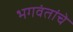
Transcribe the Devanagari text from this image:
भगवंतांचे